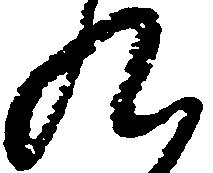
九